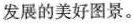
发展的美好图景。